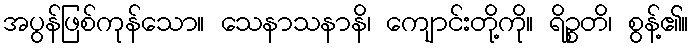
အပွန်ဖြစ်ကုန်သော။ သေနာသနာနိ၊ ကျောင်းတို့ကို။ ရိဉ္စတိ၊ စွန့်၏။